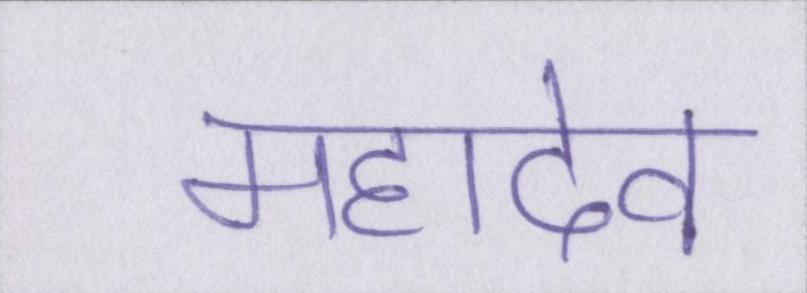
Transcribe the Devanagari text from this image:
महादेव